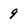
Character: 9